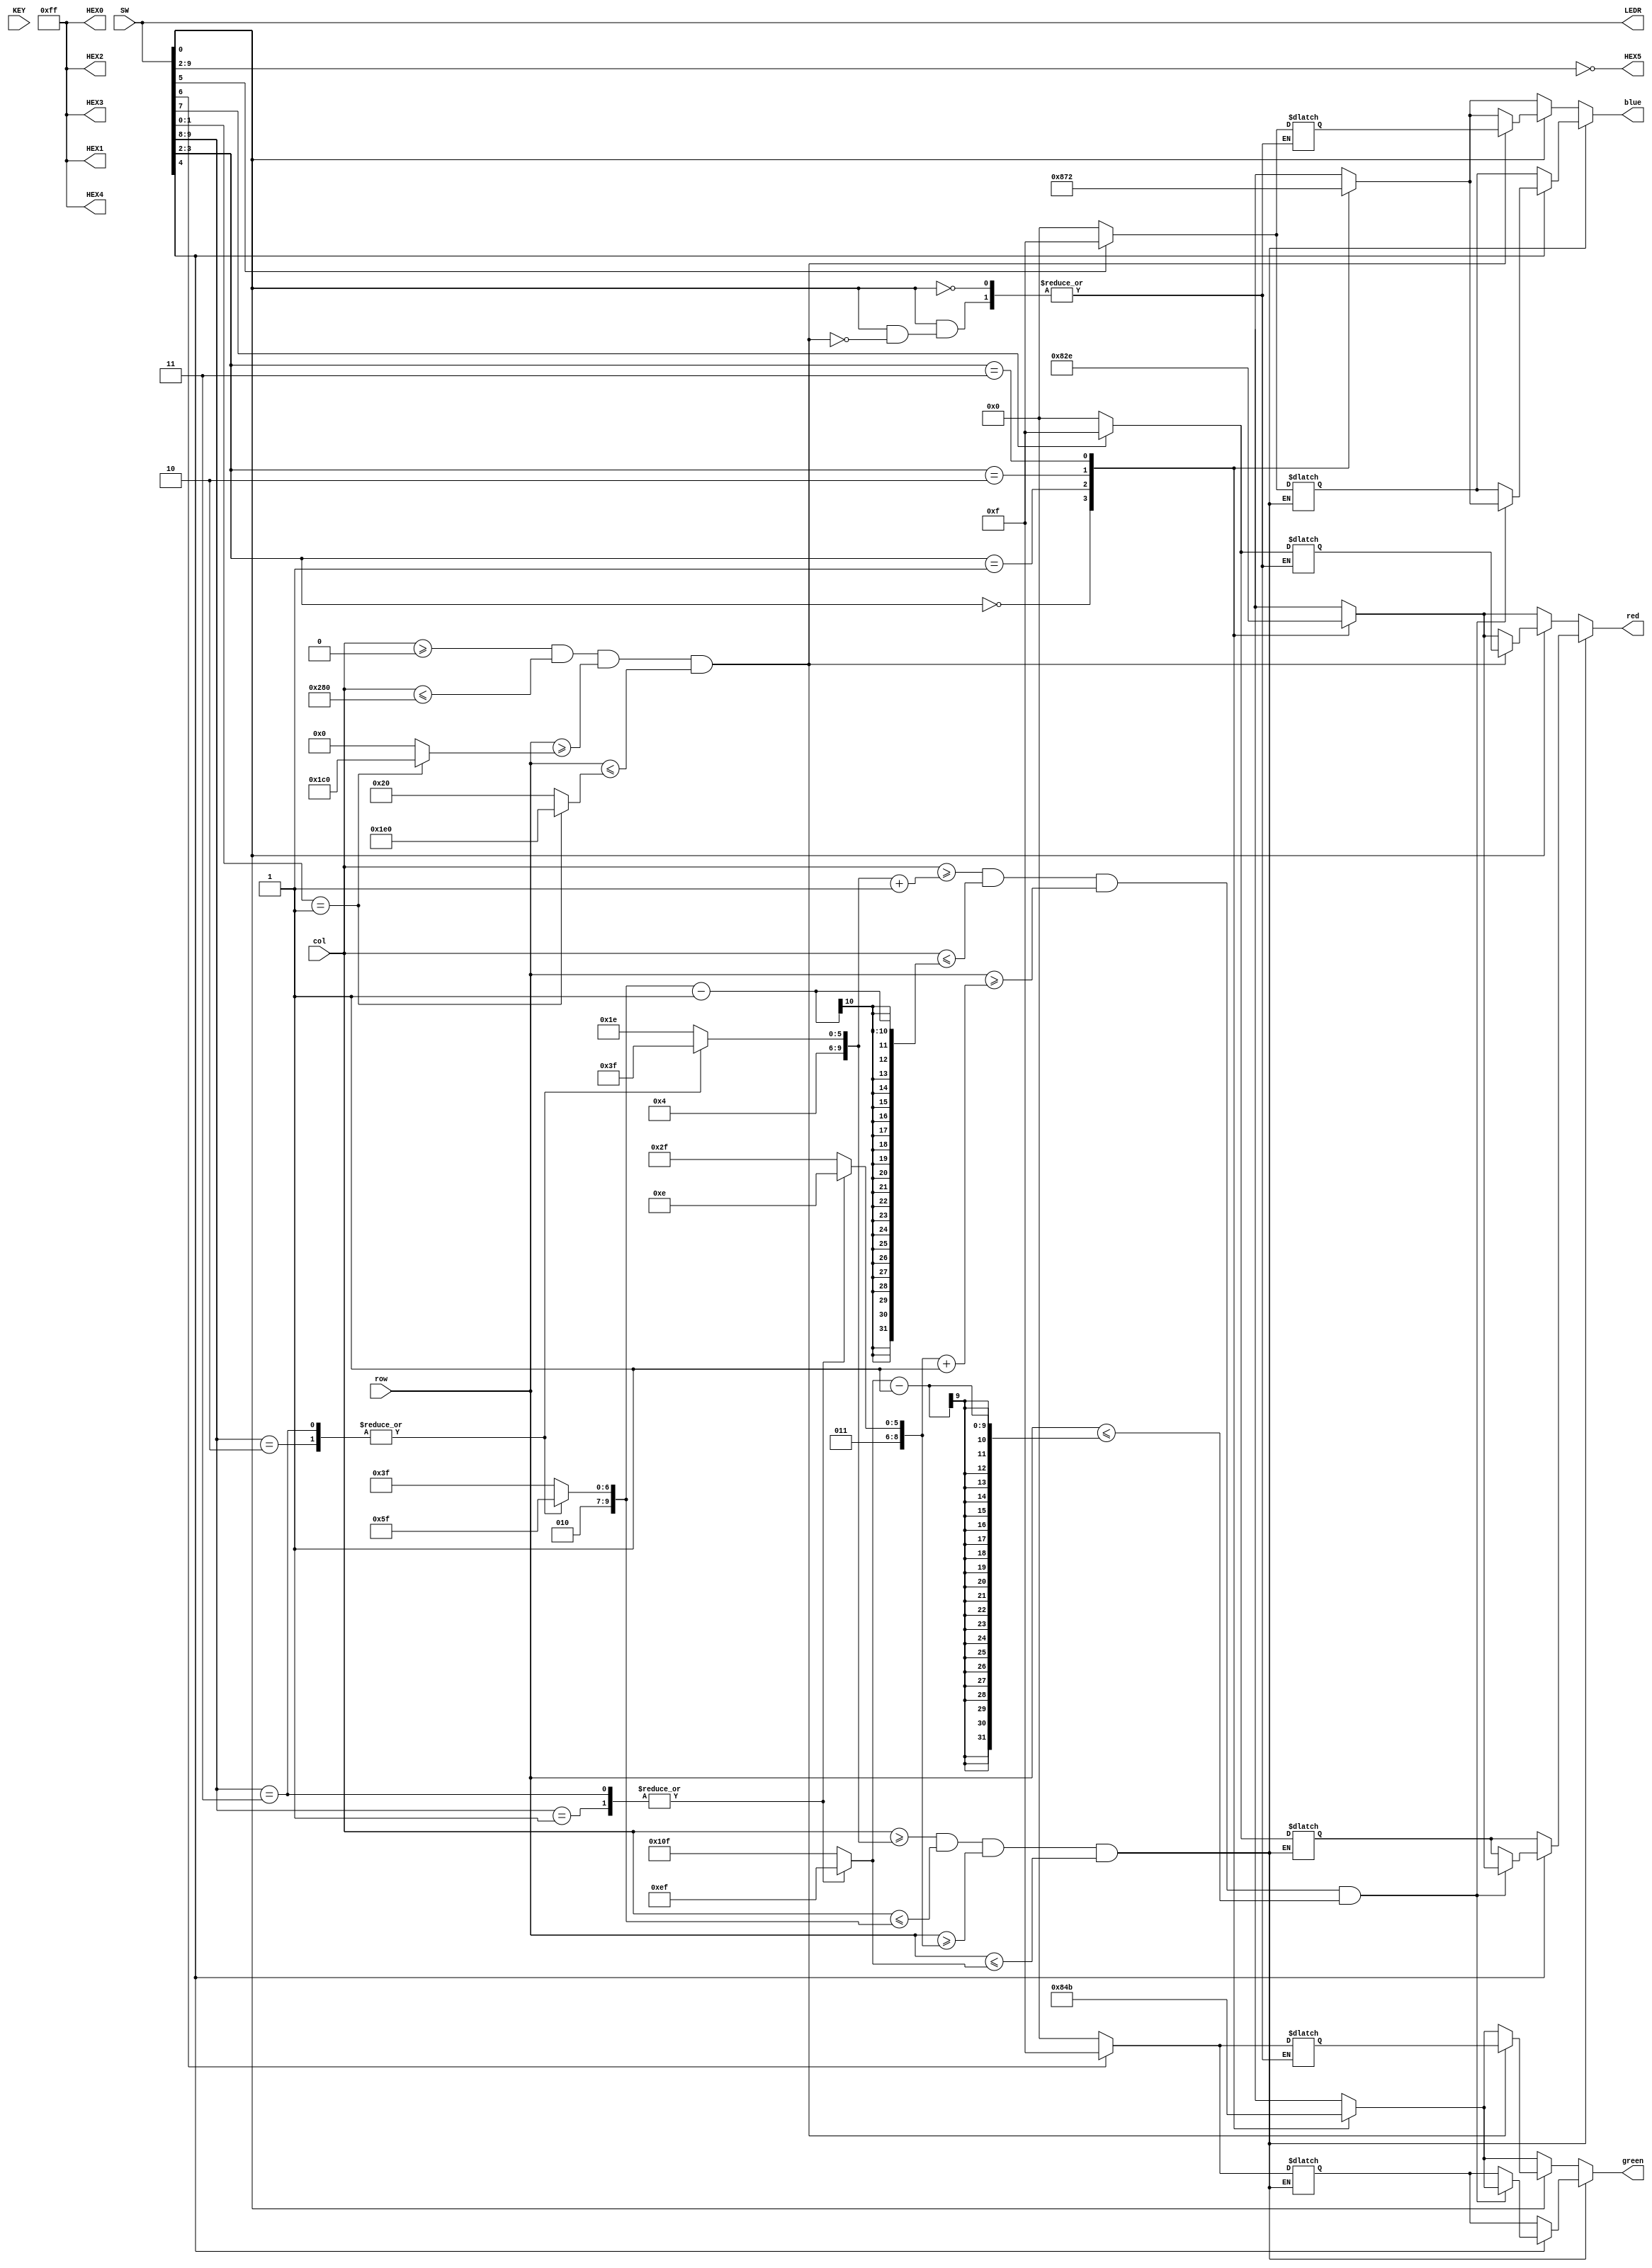
//============================================================================
// comb_ckt_generator.v
//
// This code is generated by Terasic System Builder
// and modified by M. Hildebrand and B. Baas
//
// 2018/02/05 First version
// 2018/04/24 Routed all board-level switches and LEDs to and from this module
//============================================================================

module comb_ckt_generator (
   // VGA-related signals
   col,
   row,
   red,
   green,
   blue,
   // input push buttons and switches
   KEY,
   SW,
   // output LEDs and 7-segment displays
   LEDR,
   HEX0,
   HEX1,
   HEX2,
   HEX3,
   HEX4,
   HEX5
   );

input  [9:0]  col;
input  [8:0]  row;
output [3:0]  red;    // 4-bit color output
output [3:0]  green;  // 4-bit color output
output [3:0]  blue;   // 4-bit color output

// input push buttons and switches
input  [1:0]  KEY;    // two board-level push buttons KEY1 - KEY0
input  [9:0]  SW;     // ten board-level switches SW9 - SW0

// output LEDs and 7-segment displays
output [9:0]  LEDR;   // ten board-level LEDs LEDR9 - LEDR0
output [7:0]  HEX0;   // board-level 7-segment display
output [7:0]  HEX1;   // board-level 7-segment display
output [7:0]  HEX2;   // board-level 7-segment display
output [7:0]  HEX3;   // board-level 7-segment display
output [7:0]  HEX4;   // board-level 7-segment display
output [7:0]  HEX5;   // board-level 7-segment display


//============================================================================
//  reg/wire declarations
//============================================================================
// More complex implementations will likely declare RGB outputs as regs
// rather than wires
reg [3:0]    red, green, blue;    


//============================================================================
// Board-LED related circuits
//============================================================================

// Temporary simple logic
// The 10 LEDs will light depending on the position of the adjacent 10 switches
assign LEDR = SW;      // ten LEDs assigned to ten switches

// Temporary simple logic
// This block sets the 7-segment HEX displays
// HEX4 - HEX0 are set to all dark
// HEX5 lights segments based on SW9 - SW2
assign HEX0 = 8'b1111_1111;
assign HEX1 = 8'b1111_1111;
assign HEX2 = 8'b1111_1111;
assign HEX3 = 8'b1111_1111;
assign HEX4 = 8'b1111_1111;
assign HEX5 = ~{SW[9], SW[8], SW[7], SW[6], SW[5], SW[4], SW[3], SW[2]};


//==============================================================
// VGA display related circuits
//==============================================================

// Temporary simple logic
// Full intensity is SW[0] is '1'. Blank otherwise


reg [3:0] redback;
reg [3:0] blueback;
reg [3:0] greenback;

reg [3:0] tgreeny;
reg[3:0] tbluey;
reg [3:0] treddy;

reg[3:0] t1blue;
reg[3:0] t1red;
reg[3:0] t1green;

reg [9:0] xmin;
reg [9:0] xmax;
reg [8:0] ymin;
reg [8:0] ymax;

reg [9:0] xmin2;
reg [9:0] xmax2;
reg [8:0] ymin2;
reg [8:0] ymax2;


/*
286=10'b0100011110
319=10'b0100111111
206=9'b011001110
239=9'b011101111
271=9'b100001111
351=10'b0101011111
*/

always@(*)begin
case(SW[3:2])
2'b00: begin redback=4'b0000; greenback=4'b0000; blueback=4'b0000;end
2'b01: begin redback=4'b1000; greenback=4'b1000; blueback=4'b1000;end
2'b10: begin redback=4'b0010; greenback=4'b0100; blueback=4'b0111;end
2'b11: begin redback=4'b1110; greenback=4'b1011; blueback=4'b0010;end	
endcase
green=greenback;
blue=blueback;
red=redback;

case(SW[9:8])
2'b00: begin xmin=10'b0100011110; xmax=10'b0100111111; ymin=9'b011101111; ymax=9'b100001111;end //286,319,239,271
2'b01: begin xmin=10'b0100011110; xmax=10'b0100111111; ymin=9'b011001110; ymax=9'b011101111;end //286,319,206,239
2'b10: begin xmin=10'b0100111111; xmax=10'b0101011111; ymin=9'b011101111; ymax=9'b100001111;end //319,351,239,271
2'b11: begin xmin=10'b0100111111; xmax=10'b0101011111; ymin=9'b011001110; ymax=9'b011101111;end //319,351,206,239
endcase



case(SW[1:0])
1'b0: begin xmin2=10'b0000000000; xmax2=10'b1010000000; ymin2=9'b000000000; ymax2=9'b000100000;end //0,640,0,32
1'b1: begin xmin2=10'b0000000000; xmax2=10'b1010000000; ymin2=9'b111000000; ymax2=9'b111100000;end //0,640,448,480
endcase

if(SW[0]==1)begin
	if((col>=xmin2)&&(col<=xmax2)&&(row>=ymin2)&&(row<=ymax2))begin
	green=tgreeny;
	red=treddy;
	blue=tbluey;
			if(SW[7]==1)begin
					treddy=4'b1111;
					end
					else begin
					treddy=4'b0000;
					end
			if(SW[6]==1)begin
					tgreeny=4'b1111;
					end
					else begin
					tgreeny=4'b0000;
					end
			if(SW[5]==1)begin
					tbluey=4'b1111;
					end
					else begin
					tbluey=4'b0000;
					end
			
	
	end
end



if((col>=xmin)&&(col<=xmax)&&(row>=ymin)&&(row<=ymax))begin
			green=t1green;
			blue=t1blue;
			red=t1red;
			
			if(SW[4]==1)begin	
			
				if((col>=xmin+1)&&(col<=xmax-1)&&(row>=ymin+1)&&(row<=ymax-1))begin
						green=greenback;
						red=redback;
						blue=blueback;
					end
			end	
			
			if(SW[7]==1)begin
					t1red=4'b1111;
					end
					else begin
					t1red=4'b0000;
					end
			if(SW[6]==1)begin
					t1green=4'b1111;
					end
					else begin
					t1green=4'b0000;
					end
			if(SW[5]==1)begin
					t1blue=4'b1111;
					end
					else begin
					t1blue=4'b0000;
					end
			
			
end





		
		/*
			if(SW[4]==1)begin
					case(SW[9:8])
					2'b00: begin xmin=10'b0100011110; xmax=10'b0100111111; ymin=9'b011001110; ymax=9'b011101111;end
					2'b01: begin xmin=10'b0100011110; xmax=10'b0100111111; ymin=9'b011101111; ymax=9'b100001111;end
					2'b10: begin xmin=10'b0100111111; xmax=10'b0101011111; ymin=9'b011001110; ymax=9'b011101111;end
					2'b11: begin xmin=10'b0100111111; xmax=10'b0101011111; ymin=9'b011101111; ymax=9'b100001111;end
					endcase
				
					
			end
			*/


end

endmodule